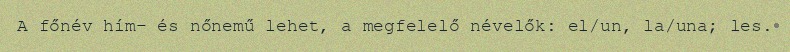
A főnév hím- és nőnemű lehet, a megfelelő névelők: el/un, la/una; les.